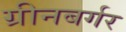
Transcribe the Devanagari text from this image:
ग्रीनबर्गर